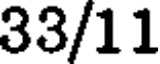
33/11